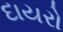
દાયરો